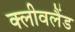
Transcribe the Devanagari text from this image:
क्‍लीवलैंड